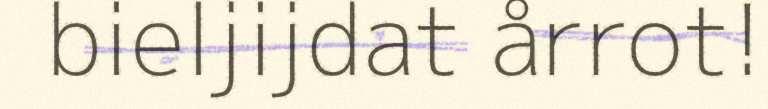
bieljijdat årrot!